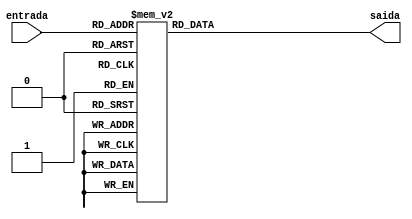
module decode_HEX (
input[3:0]        entrada,
output reg[0:6]   saida
);

	wire [3:0] entrada;
	wire [0:6] saida;

	always@(entrada)
	begin
		case(entrada[3:0])
			4'b0000: saida <= 7'b0000001; //0
			4'b0001: saida <= 7'b1001111; //1
			4'b0010: saida <= 7'b0010010; //2
			4'b0011: saida <= 7'b0000110; //3
			4'b0100: saida <= 7'b1001100; //4
			4'b0101: saida <= 7'b0100100; //5
			4'b0110: saida <= 7'b0100000; //6
			4'b0111: saida <= 7'b0001111; //7
			4'b1000: saida <= 7'b0000000; //8
			4'b1001: saida <= 7'b0000100; //9
			4'b1010: saida <= 7'b0001000; //A
			4'b1011: saida <= 7'b1100000; //B
			4'b1100: saida <= 7'b0110001; //C
			4'b1101: saida <= 7'b1000010; //D
			4'b1110: saida <= 7'b0110000; //E
			4'b1111: saida <= 7'b0111000; //F
			default: saida <= 7'b1111111;
		endcase
	end
endmodule